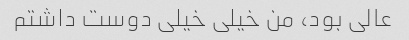
عالی بود، من خیلی خیلی دوست داشتم